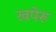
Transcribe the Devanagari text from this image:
खपेरू